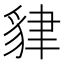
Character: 貄